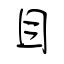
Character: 目